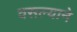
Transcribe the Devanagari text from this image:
वसल्याने